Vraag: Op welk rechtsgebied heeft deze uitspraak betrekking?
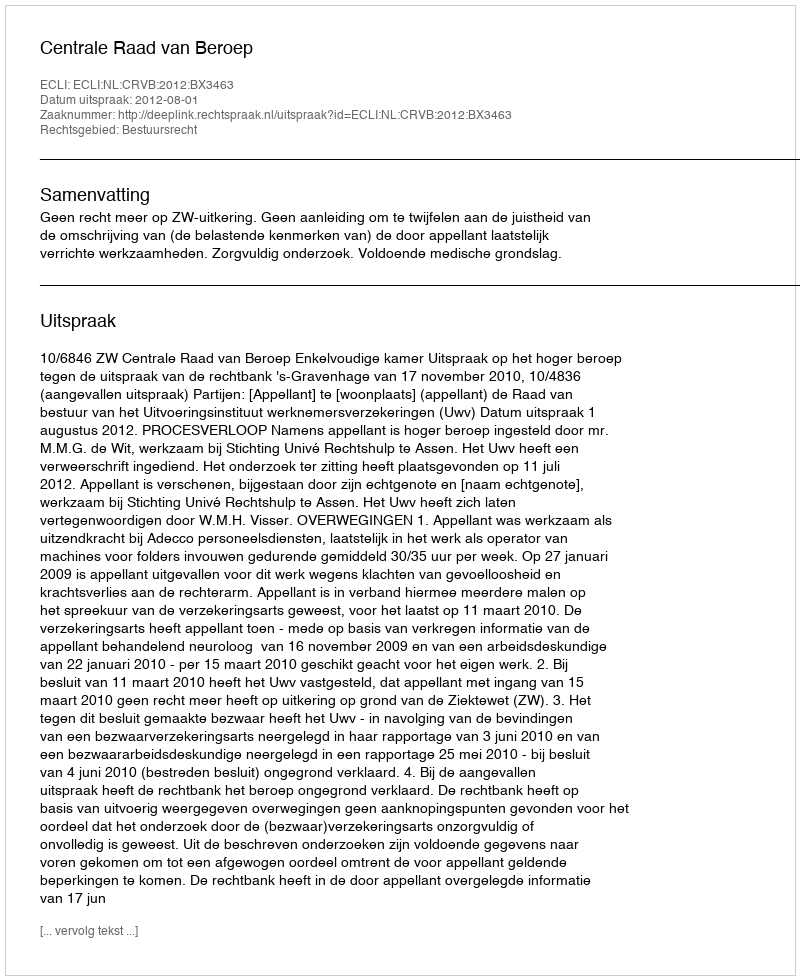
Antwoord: Bestuursrecht